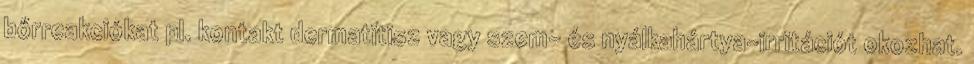
bőrreakciókat pl. kontakt dermatitisz vagy szem- és nyálkahártya-irritációt okozhat.